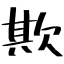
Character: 欺